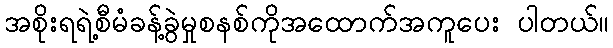
အစိုးရရဲ့စီမံခန့်ခွဲမှုစနစ်ကိုအထောက်အကူပေး ပါတယ်။